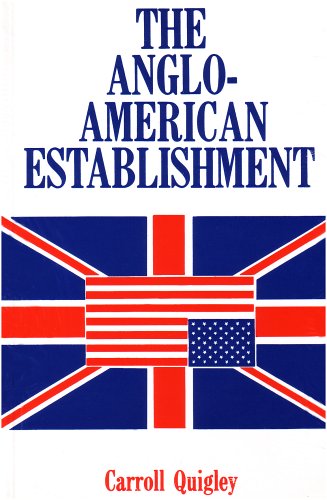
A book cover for Anglo-American Establishment; Quigley Carroll; History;